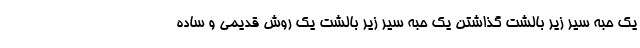
یک حبه سیر زیر بالشت گذاشتن یک حبه سیر زیر بالشت یک روش قدیمی و ساده